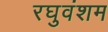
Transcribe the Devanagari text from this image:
रघुवंशम